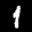
Label: 1